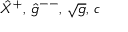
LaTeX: { \hat { X } } ^ { + } , \, { \hat { g } } ^ { -- } , \, \sqrt { g } , \, c